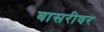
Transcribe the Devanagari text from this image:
बासरीवर